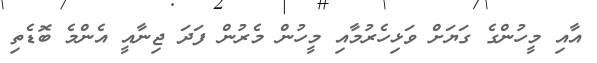
އާއި މީހުންގެ ގަޔަށް ވަޅިހެރުމާއި މީހުން މެރުން ފަދަ ޖިނާއީ އެންމެ ބޮޑެތި